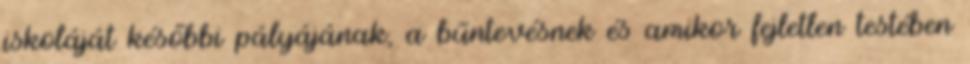
iskoláját későbbi pályájának, a bűntevésnek és amikor fejletlen testében